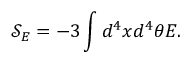
{ \mathcal { S } } _ { E } = - 3 \int { d ^ { 4 } x d ^ { 4 } \theta E } .